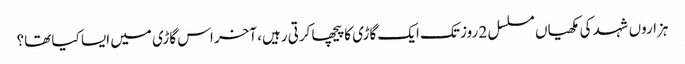
ہزاروں شہد کی مکھیاں مسلسل 2 روز تک ایک گاڑی کا پیچھا کرتی رہیں، آخر اس گاڑی میں ایسا کیا تھا؟